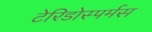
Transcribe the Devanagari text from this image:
टेरिडोस्पर्मस